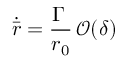
\dot { \bar { r } } = \frac { \Gamma \, } { r _ { 0 } } \, \mathcal { O } ( \delta )